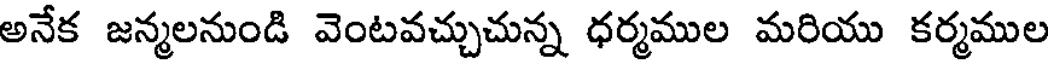
అనేక జన్మలనుండి వెంటవచ్చుచున్న ధర్మముల మరియు కర్మముల